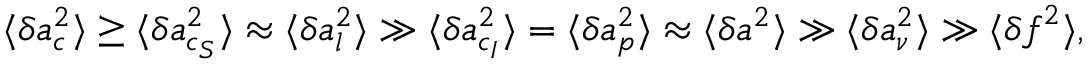
\langle \delta \boldsymbol { a } _ { c } ^ { 2 } \rangle \ge \langle \delta \boldsymbol { a } _ { c _ { S } } ^ { 2 } \rangle \approx \langle \delta \boldsymbol { a } _ { l } ^ { 2 } \rangle \gg \langle \delta \boldsymbol { a } _ { c _ { I } } ^ { 2 } \rangle = \langle \delta \boldsymbol { a } _ { p } ^ { 2 } \rangle \approx \langle \delta \boldsymbol { a } ^ { 2 } \rangle \gg \langle \delta \boldsymbol { a } _ { \nu } ^ { 2 } \rangle \gg \langle \delta \boldsymbol { f } ^ { 2 } \rangle ,